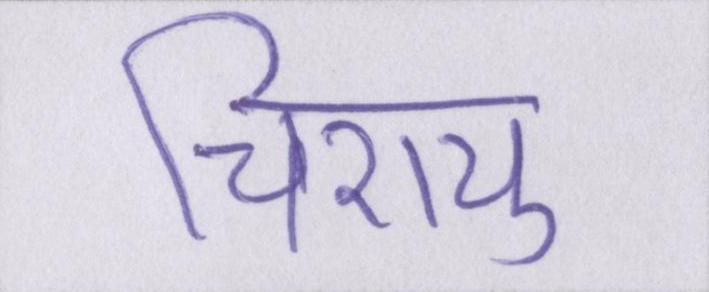
चिरायु